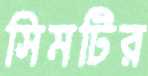
সিমটির